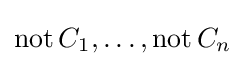
\operatorname {not} C_{1},\dots ,\operatorname {not} C_{n}